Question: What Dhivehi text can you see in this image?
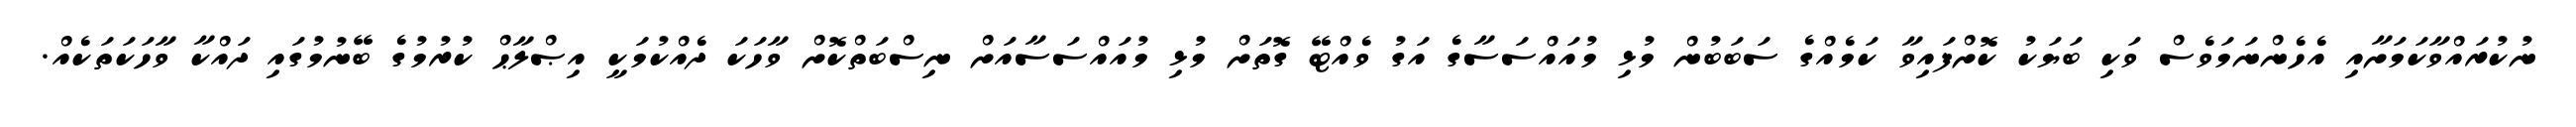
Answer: ނުކުރައްވާކަމަށާއި އެހެންނަމަވެސް ވަކި ބަޔަކު ކޮށްފައިވާ ކަމެއްގެ ސަބަބުން މުޅި މުއައްސަސާގެ އަގު ވެއްޓޭ ގޮތަށް މުޅި މުއައްސަސާއަށް ނިސްބަތްކޮށް ވާހަކަ ދެއްކުމަކީ އިޞްލާޙް ކުރުމުގެ ބޭނުމުގައި ދައްކާ ވާހަކަތަކެއް.